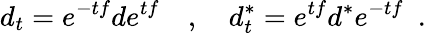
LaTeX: d_{t}=e^{-tf}de^{tf}\quad,\quad d_{t}^{\ast}=e^{tf}d^{\ast}e^{-tf}\ \ .